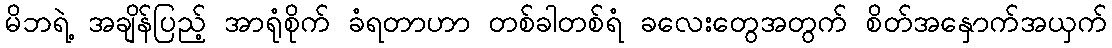
မိဘရဲ့ အချိန်ပြည့် အာရုံစိုက် ခံရတာဟာ တစ်ခါတစ်ရံ ခလေးတွေအတွက် စိတ်အနှောက်အယှက်